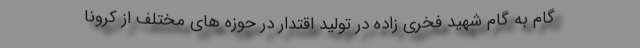
گام به گام شهید فخری زاده در تولید اقتدار در حوزه های مختلف از کرونا